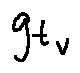
g _ { t _ { v } }